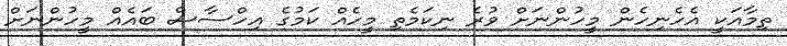
ތިމާއަކީ އެހެނިހެން މީހުންނަށް ވުރެ ނިކަމެތި މީހެއް ކަމުގެ އިހްސާސް ބައެއް މީހުންނަށް